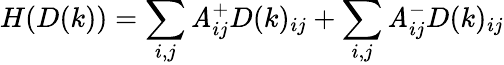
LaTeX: H(D(k))=\sum_{i,j}\mathit{A}_{ij}^{+}D(k)_{ij}+\sum_{i,j}\mathit{A}_{ij}^{-}D(k)_{ij}